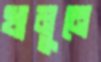
খামুনে